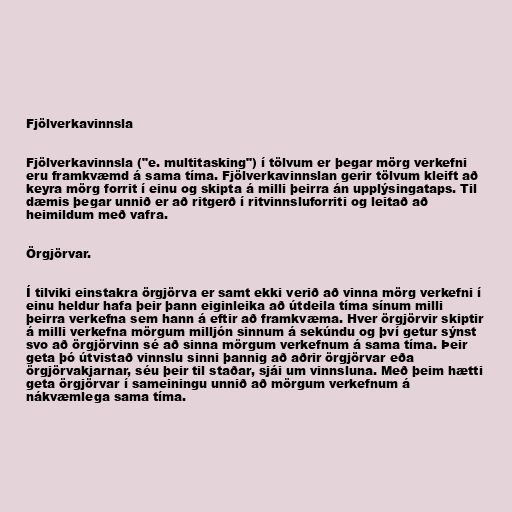
Fjölverkavinnsla

Fjölverkavinnsla ("e. multitasking") í tölvum er þegar mörg verkefni
eru framkvæmd á sama tíma. Fjölverkavinnslan gerir tölvum kleift að
keyra mörg forrit í einu og skipta á milli þeirra án upplýsingataps. Til
dæmis þegar unnið er að ritgerð í ritvinnsluforriti og leitað að
heimildum með vafra.

Örgjörvar.

Í tilviki einstakra örgjörva er samt ekki verið að vinna mörg verkefni í
einu heldur hafa þeir þann eiginleika að útdeila tíma sínum milli
þeirra verkefna sem hann á eftir að framkvæma. Hver örgjörvir skiptir
á milli verkefna mörgum milljón sinnum á sekúndu og því getur sýnst
svo að örgjörvinn sé að sinna mörgum verkefnum á sama tíma. Þeir
geta þó útvistað vinnslu sinni þannig að aðrir örgjörvar eða
örgjörvakjarnar, séu þeir til staðar, sjái um vinnsluna. Með þeim hætti
geta örgjörvar í sameiningu unnið að mörgum verkefnum á
nákvæmlega sama tíma.